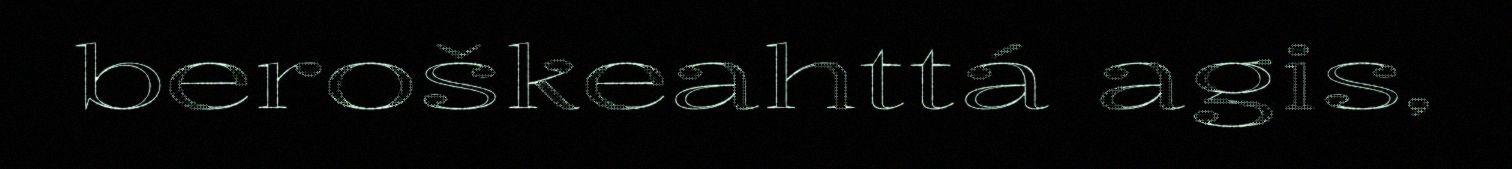
beroškeahttá agis,